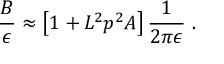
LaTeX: { \frac { B } { \epsilon } } \approx \left[ 1 + L ^ { 2 } p ^ { 2 } A \right] { \frac { 1 } { 2 \pi \epsilon } } ~ .